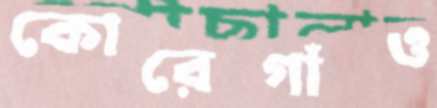
কোরেগাঁও